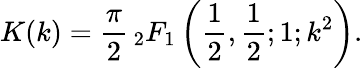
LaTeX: K(k)={\frac{\pi}{2}}\, {}_{2}F_{1}\left({\frac{1}{2}},{\frac{1}{2}};1;k^{2}\right).